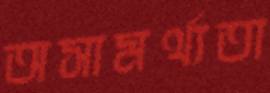
অসামর্থ্যতা